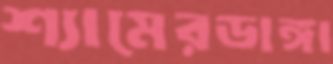
শ্যামেরডাঙ্গা